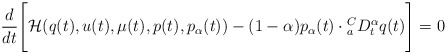
\begin{align*} \frac{d}{dt}\Biggl[ {\cal H}(q(t),u(t),\mu(t),p(t),p_{\alpha}(t))-(1-\alpha)p_{\alpha}(t)\cdot{_a^CD_t^{\alpha}}q(t) \Biggr]= 0\end{align*}